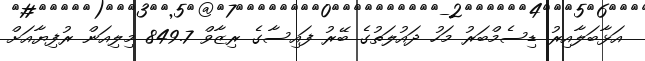
އަޅާބަލާއިރު ޑިސެމްބަރު މަހު ދައުލަތުގެ ބޭރު ފައިސާގެ ރިޒާވް 849.7 މިލިއަން ރުފިޔާއަށް